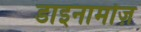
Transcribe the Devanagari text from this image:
डाइनामोज़